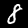
Label: 8